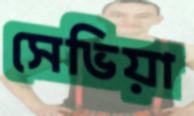
সেভিয়া